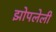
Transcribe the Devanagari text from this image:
झोपलेली